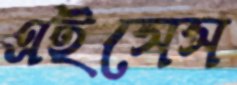
এইসেস